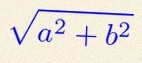
\sqrt{a^2+b^2}